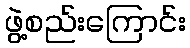
ဖွဲ့စည်းကြောင်း